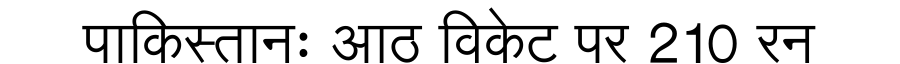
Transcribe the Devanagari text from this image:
पाकिस्तानः आठ विकेट पर 210 रन